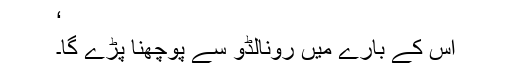
‘
اس کے بارے میں رونالڈو سے پوچھنا پڑے گا۔